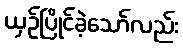
ယှဉ်ပြိုင်ခဲ့သော်လည်း